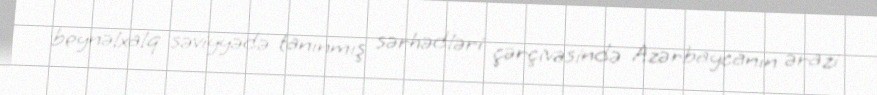
beynəlxalq səviyyədə tanınmış sərhədləri çərçivəsində Azərbaycanın ərazi